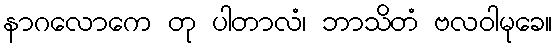
နာဂလောကေ တု ပါတာလံ၊ ဘာသိတံ ဗလဝါမုခေ။